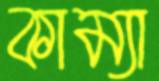
কাম্যা